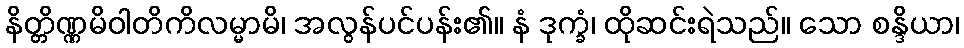
နိတ္တိဏ္ဏမိဝါတိကိလမ္မာမိ၊ အလွန်ပင်ပန်း၏။ နံ ဒုက္ခံ၊ ထိုဆင်းရဲသည်။ သော စန္ဒိယာ၊